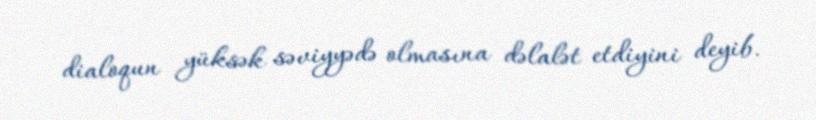
dialoqun yüksək səviyyədə olmasına dəlalət etdiyini deyib.